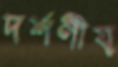
দর্শণীয়